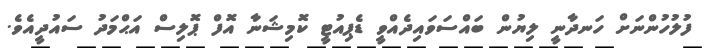
ފުލުހުންނަށް ހަނދާނީ ލިޔުން ބައްސަވައިދެއްވީ ޑެޕިއުޓީ ކޮމިޝަނާ އޮފް ޕޮލިސް އަޙްމަދު ސައުދީއެވެ.